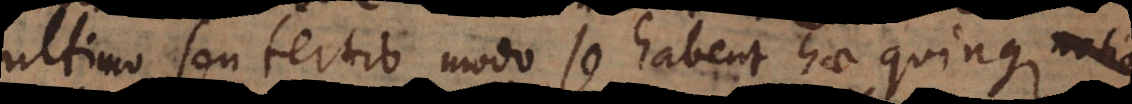
ultimo seu tertio modo se habent hae quinque